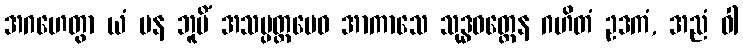
အဂဟေတွာ ယံ ပန ဘူမိံ အသမ္ပတ္တမေဝ အာကာသေ သုဒ္ဓဝတ္ထေန ဂဟိတံ ဥဒကံ, အညံ ဝါ